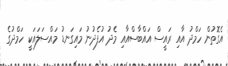
އެގޮތުން ހަމްދު އާއި ރައީސް އައްބާސްއާއި މެދު އުފެދުނު މައިގަނޑު މައްސަލައަކީ ހަމްދުގެ